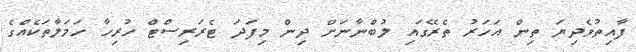
ފާއިތުވެދިޔަ ތިން އަހަރު ތެރޭގައި ލުބްނާނަށް ދިން މިފަދަ ޓެރަރިސްޓް ހުރިހާ ހަމަލާތަކެއްގެ